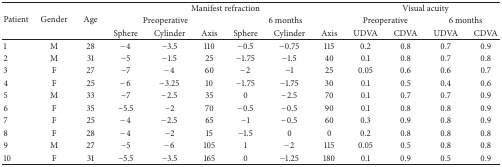
<table><thead><tr><td rowspan="3"><b>Patient</b></td><td rowspan="3"><b>Gender</b></td><td rowspan="3"><b>Age</b></td><td colspan="6"><b>Manifest refraction</b></td><td colspan="4"><b>Visual acuity</b></td></tr><tr><td colspan="3"><b>Preoperative</b></td><td colspan="3"><b>6 months</b></td><td colspan="2"><b>Preoperative</b></td><td colspan="2"><b>6 months</b></td></tr><tr><td><b>Sphere</b></td><td><b>Cylinder</b></td><td><b>Axis</b></td><td><b>Sphere</b></td><td><b>Cylinder</b></td><td><b>Axis</b></td><td><b>UDVA</b></td><td><b>CDVA</b></td><td><b>UDVA</b></td><td><b>CDVA</b></td></tr></thead><tbody><tr><td>1</td><td>M</td><td>28</td><td>−4</td><td>−3.5</td><td>110</td><td>−0.5</td><td>−0.75</td><td>115</td><td>0.2</td><td>0.8</td><td>0.7</td><td>0.9</td></tr><tr><td>2</td><td>M</td><td>31</td><td>−5</td><td>−1.5</td><td>25</td><td>−1.75</td><td>−1.5</td><td>40</td><td>0.1</td><td>0.8</td><td>0.7</td><td>0.8</td></tr><tr><td>3</td><td>F</td><td>27</td><td>−7</td><td>−4</td><td>60</td><td>−2</td><td>−1</td><td>25</td><td>0.05</td><td>0.6</td><td>0.6</td><td>0.7</td></tr><tr><td>4</td><td>F</td><td>25</td><td>−6</td><td>−3.25</td><td>10</td><td>−1.75</td><td>−1.75</td><td>30</td><td>0.1</td><td>0.5</td><td>0.4</td><td>0.6</td></tr><tr><td>5</td><td>M</td><td>33</td><td>−7</td><td>−2.5</td><td>35</td><td>0</td><td>−2.5</td><td>70</td><td>0.1</td><td>0.7</td><td>0.7</td><td>0.9</td></tr><tr><td>6</td><td>F</td><td>35</td><td>−5.5</td><td>−2</td><td>70</td><td>−0.5</td><td>−0.5</td><td>90</td><td>0.1</td><td>0.8</td><td>0.8</td><td>0.9</td></tr><tr><td>7</td><td>F</td><td>25</td><td>−4</td><td>−2.5</td><td>65</td><td>−1</td><td>−0.5</td><td>60</td><td>0.3</td><td>0.9</td><td>0.8</td><td>0.9</td></tr><tr><td>8</td><td>F</td><td>28</td><td>−4</td><td>−2</td><td>15</td><td>−1.5</td><td>0</td><td>0</td><td>0.2</td><td>0.8</td><td>0.8</td><td>0.8</td></tr><tr><td>9</td><td>M</td><td>27</td><td>−5</td><td>−6</td><td>105</td><td>1</td><td>−2</td><td>115</td><td>0.05</td><td>0.5</td><td>0.8</td><td>0.8</td></tr><tr><td>10</td><td>F</td><td>31</td><td>−5.5</td><td>−3.5</td><td>165</td><td>0</td><td>−1.25</td><td>180</td><td>0.1</td><td>0.9</td><td>0.5</td><td>0.9</td></tr></tbody></table>